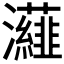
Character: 𭳷